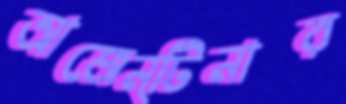
আজেন্টিনার